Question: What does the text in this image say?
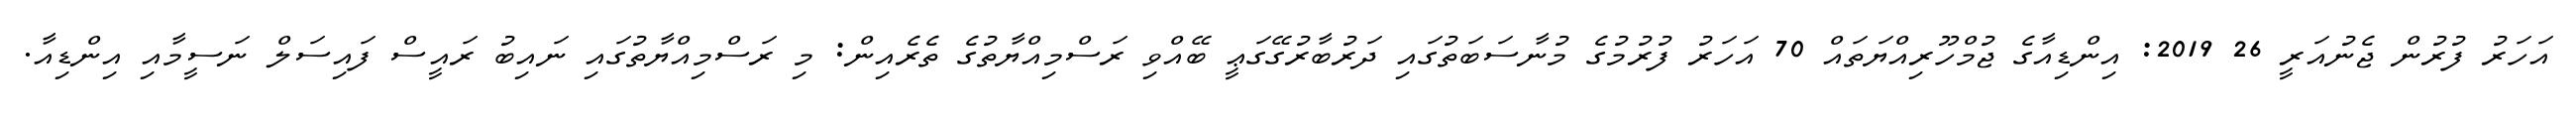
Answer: އަހަރު ފުރުން ޖެނުއަރީ 26 2019: އިންޑިއާގެ ޖުމްހޫރިއްޔަތައް 70 އަހަރު ފުރުމުގެ މުނާސަބަތުގައި ދަރުބާރުގޭގަޢީ ބޭއްވި ރަސްމިއްޔާތުގެ ތެރެއިން: މި ރަސްމިއްޔާތުގައި ނައިބު ރައީސް ފައިސަލް ނަސީމާއި އިންޑިއާ.